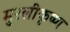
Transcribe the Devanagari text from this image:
मुरलीकृष्ण